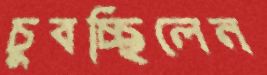
চুবচ্ছিলেন